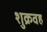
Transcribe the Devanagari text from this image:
शुक्रवह